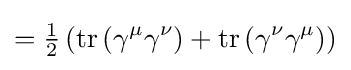
={\tfrac {1}{2}}\left(\operatorname {tr} \left(\gamma ^{\mu }\gamma ^{\nu }\right)+\operatorname {tr} \left(\gamma ^{\nu }\gamma ^{\mu }\right)\right)